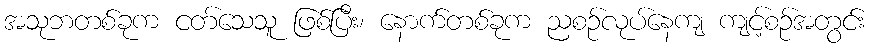
အသုဘတစ်ခုက ငတ်သေသူ ဖြစ်ပြီး၊ နောက်တစ်ခုက ညစဉ်လုပ်နေကျ ကျင့်စဉ်အတွင်း